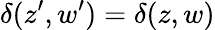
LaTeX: {\delta(z^{\prime},w^{\prime})=\delta(z,w)}